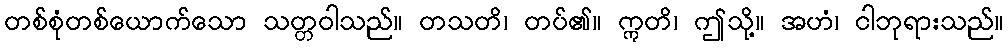
တစ်စုံတစ်ယောက်သော သတ္တဝါသည်။ တသတိ၊ တပ်၏။ ဣတိ၊ ဤသို့။ အဟံ၊ ငါဘုရားသည်။